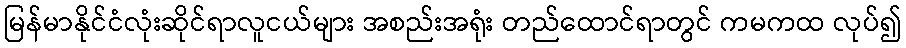
မြန်မာနိုင်ငံလုံးဆိုင်ရာလူငယ်များ အစည်းအရုံး တည်ထောင်ရာတွင် ကမကထ လုပ်၍